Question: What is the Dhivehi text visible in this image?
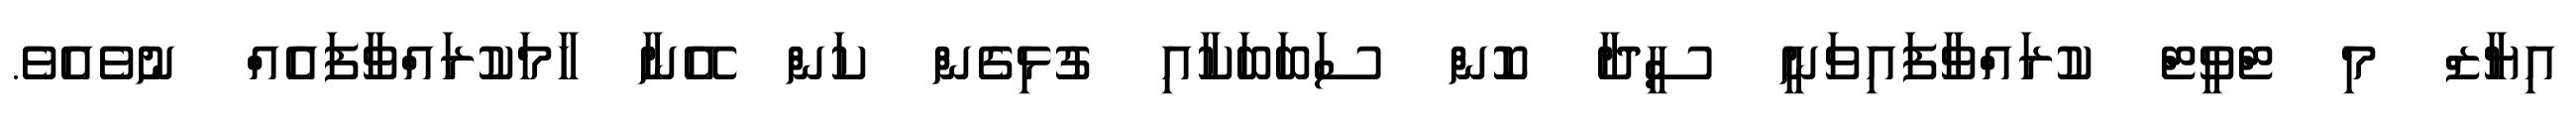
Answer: އިޔާޒް މި ޓްވީޓް ކުރައްވާފައިވަނީ ސީދާ ކޮން ސަބަބަކާއި ގުޅިގެން ކަން އޭނާ ހާމަކުރައްވާފައެއް ނުވެއެވެ.